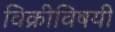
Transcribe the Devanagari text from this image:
विक्रीविषयी